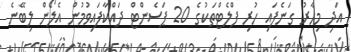
އަދި މިހާރު ގަނެފައި ހުރި ފްލެޓްތަކުގެ 20 ޕަސެންޓް ދައްކާފައިވުމުން އެލޯން ލިބޭނެ